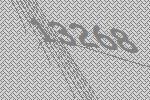
13268